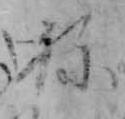
ね